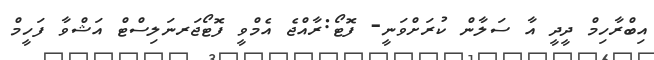
އިބްރާހިމް ދީދީ އާ ސަލާން ކުރަށްވަނީ- ފޮޓޯ:ރާއްޖެ އެމްވީ ފޮޓޯޖަރނަލިސްޓް އަޝްވާ ފަހީމް